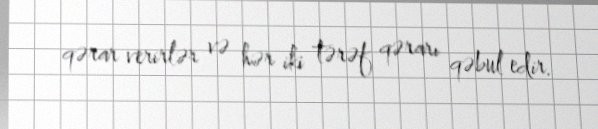
qərar verirlər və hər iki tərəf qərarı qəbul edir.